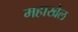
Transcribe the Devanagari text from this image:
महाखेल